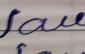
Signature authenticity: forged